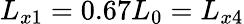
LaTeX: L_{x1}=0.67L_{0}=L_{x4}